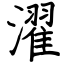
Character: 濯